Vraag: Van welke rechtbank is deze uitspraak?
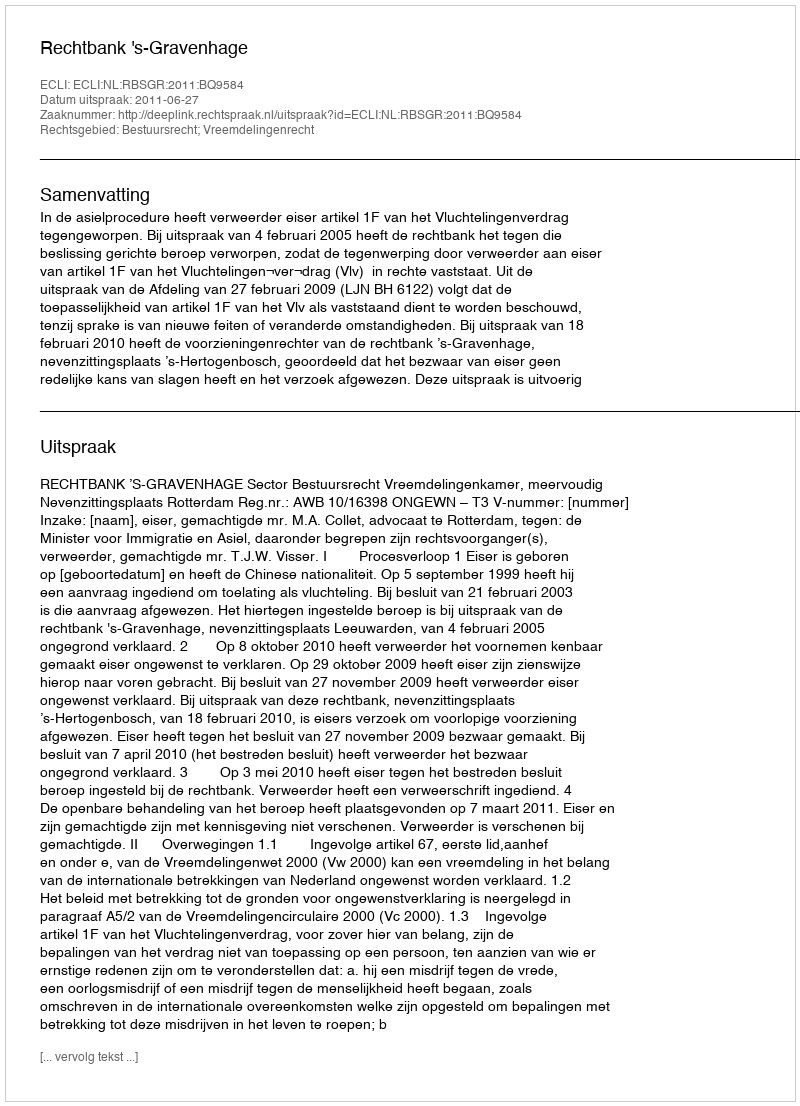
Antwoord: Rechtbank 's-Gravenhage